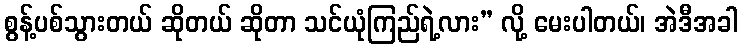
စွန့်ပစ်သွားတယ် ဆိုတယ် ဆိုတာ သင်ယုံကြည်ရဲ့လား” လို့ မေးပါတယ်၊ အဲဒီအခါ